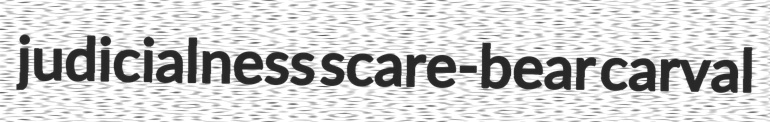
judicialness scare-bear carval